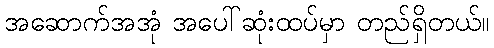
အဆောက်အအုံ အပေါ်ဆုံးထပ်မှာ တည်ရှိတယ်။